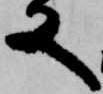
又